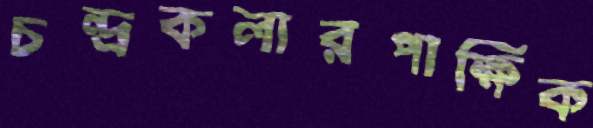
চন্দ্রকলারপাক্ষিক